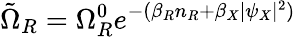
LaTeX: \tilde{\Omega}_{R}=\Omega_{R}^{0}e^{-(\beta_{R}n_{R}+\beta_{X}|\psi_{X}|^{2})}